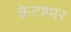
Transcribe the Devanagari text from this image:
क्रेटश्मर